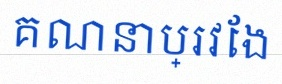
គណនាប្រវែង